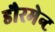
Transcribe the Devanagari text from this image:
डौरमेन्ट